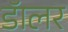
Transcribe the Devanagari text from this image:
डॅालर